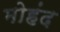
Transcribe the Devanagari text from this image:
मोहंद